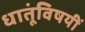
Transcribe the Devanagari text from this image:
धातूंविषयीं